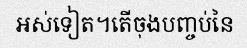
អស់ទៀត។តើចុងបញ្ចប់នៃ